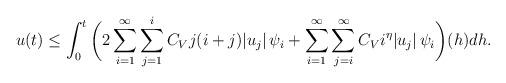
LaTeX: \begin{align*} u(t) & \leq \int_{0}^{t}\bigg(2\sum_{i=1}^{\infty} \sum_{j=1}^{i}C_{V} j (i+j) |u_j|\,\psi_i + \sum_{i=1}^{\infty} \sum_{j=i}^{\infty} C_V i^{\eta} |u_j|\, \psi_i \bigg)(h) dh.\\\end{align*}